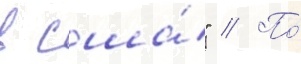
в сша́" // По́